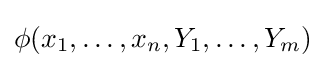
\phi (x_{1},\dots ,x_{n},Y_{1},\dots ,Y_{m})